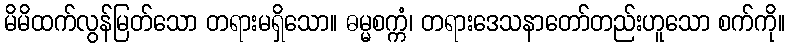
မိမိထက်လွန်မြတ်သော တရားမရှိသော။ ဓမ္မစက္ကံ၊ တရားဒေသနာတော်တည်းဟူသော စက်ကို။